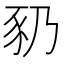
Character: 𬤻